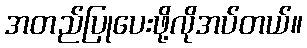
အတည်ပြုပေးဖို့လိုအပ်တယ်။